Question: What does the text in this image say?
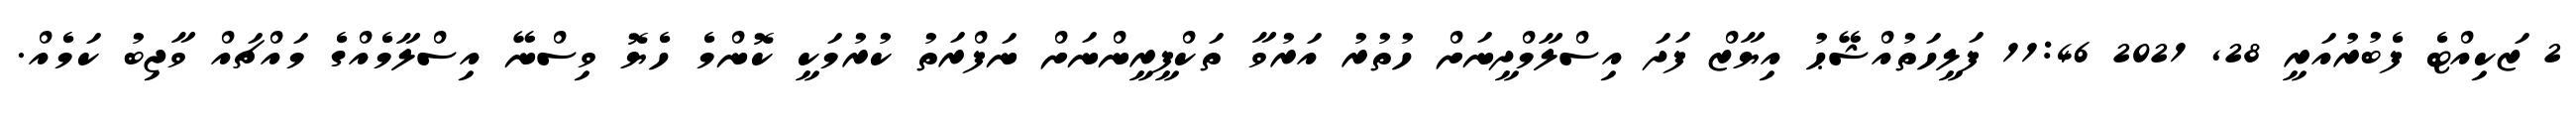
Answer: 2 ޒަކިއްޓެ ފެބުރުއަރީ 28, 2021 11:46 ފަލީހަތުއްޝޭޙު އިޔާޒް ފަދަ އިސްލާމްދީނަށް ހުތުރު އަރުވާ ތަކްފީރީންނަށް ނަފްރަތު ކުރުމަކީ ކޮންމެ ހެޔޮ ވިސްނޭ އިސްލާމެއްގެ މައްޗައް ވާޖިބު ކަމެއް.